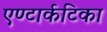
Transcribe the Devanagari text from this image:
एण्टार्कटिका